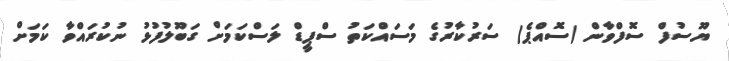
ޔޫސުފް ސޮފްވާން (ސޮއްޕެ) ސަރުކާރުގެ މަސައްކަތު ސްޕީޑް ލަސްކަމަށް ގަބޫލުފުޅު ނުކުރައްވާ ކަމަށް